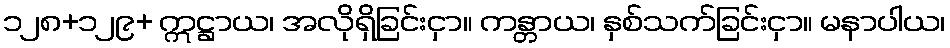
၁၂၈+၁၂၉+ ဣဋ္ဌာယ၊ အလိုရှိခြင်းငှာ။ ကန္တာယ၊ နှစ်သက်ခြင်းငှာ။ မနာပါယ၊